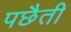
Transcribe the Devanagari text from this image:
पछैती